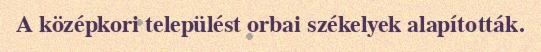
A középkori települést orbai székelyek alapították.